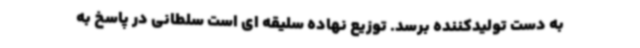
به دست تولیدکننده برسد. توزیع نهاده سلیقه ای است سلطانی در پاسخ به